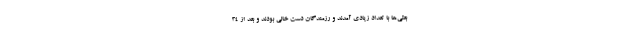
بعثی‌ها با تعداد زیادی آمدند و رزمندگان دست خالی بودند و بعد از ۳۴